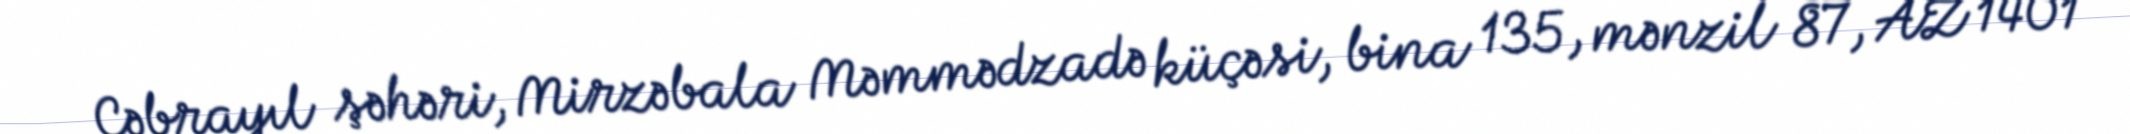
Cəbrayıl şəhəri, Mirzəbala Məmmədzadə küçəsi, bina 135, mənzil 87, AZ 1401